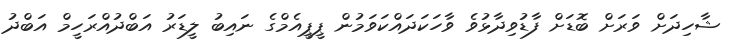
ޝާހިދަށް ވަރަށް ބޮޑަށް ފާޑުވިދާޅުވެ ވާހަކަދައްކަވަމުން ޕީޕީއެމްގެ ނައިބު ލީޑަރު އަބްދުއްރަހީމް އަބްދު